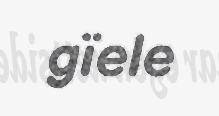
gïele